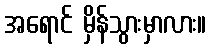
အရောင် မှိန်သွားမှာလား။